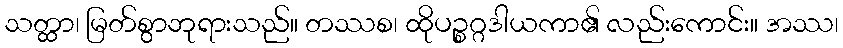
သတ္ထာ၊ မြတ်စွာဘုရားသည်။ တဿစ၊ ထိုပဉ္စဂ္ဂဒါယကာ၏ လည်းကောင်း။ အဿ၊